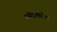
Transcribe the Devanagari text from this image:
उमरेडमधील